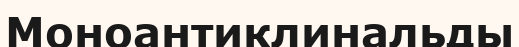
Моноантиклинальды